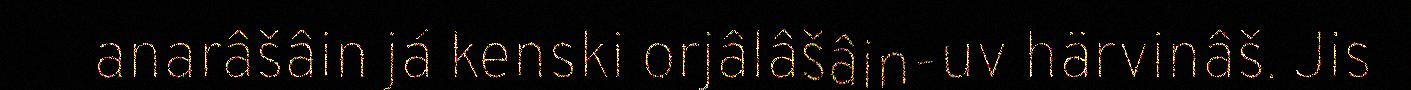
anarâšâin já kenski orjâlâšâin-uv härvinâš. Jis